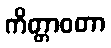
ကိတ္တာဝတာ